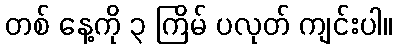
တစ် နေ့ကို ၃ ကြိမ် ပလုတ် ကျင်းပါ။